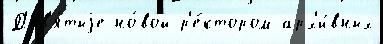
Д'ев'я́тыjе но́вой р'е́ктором арх'и́вных